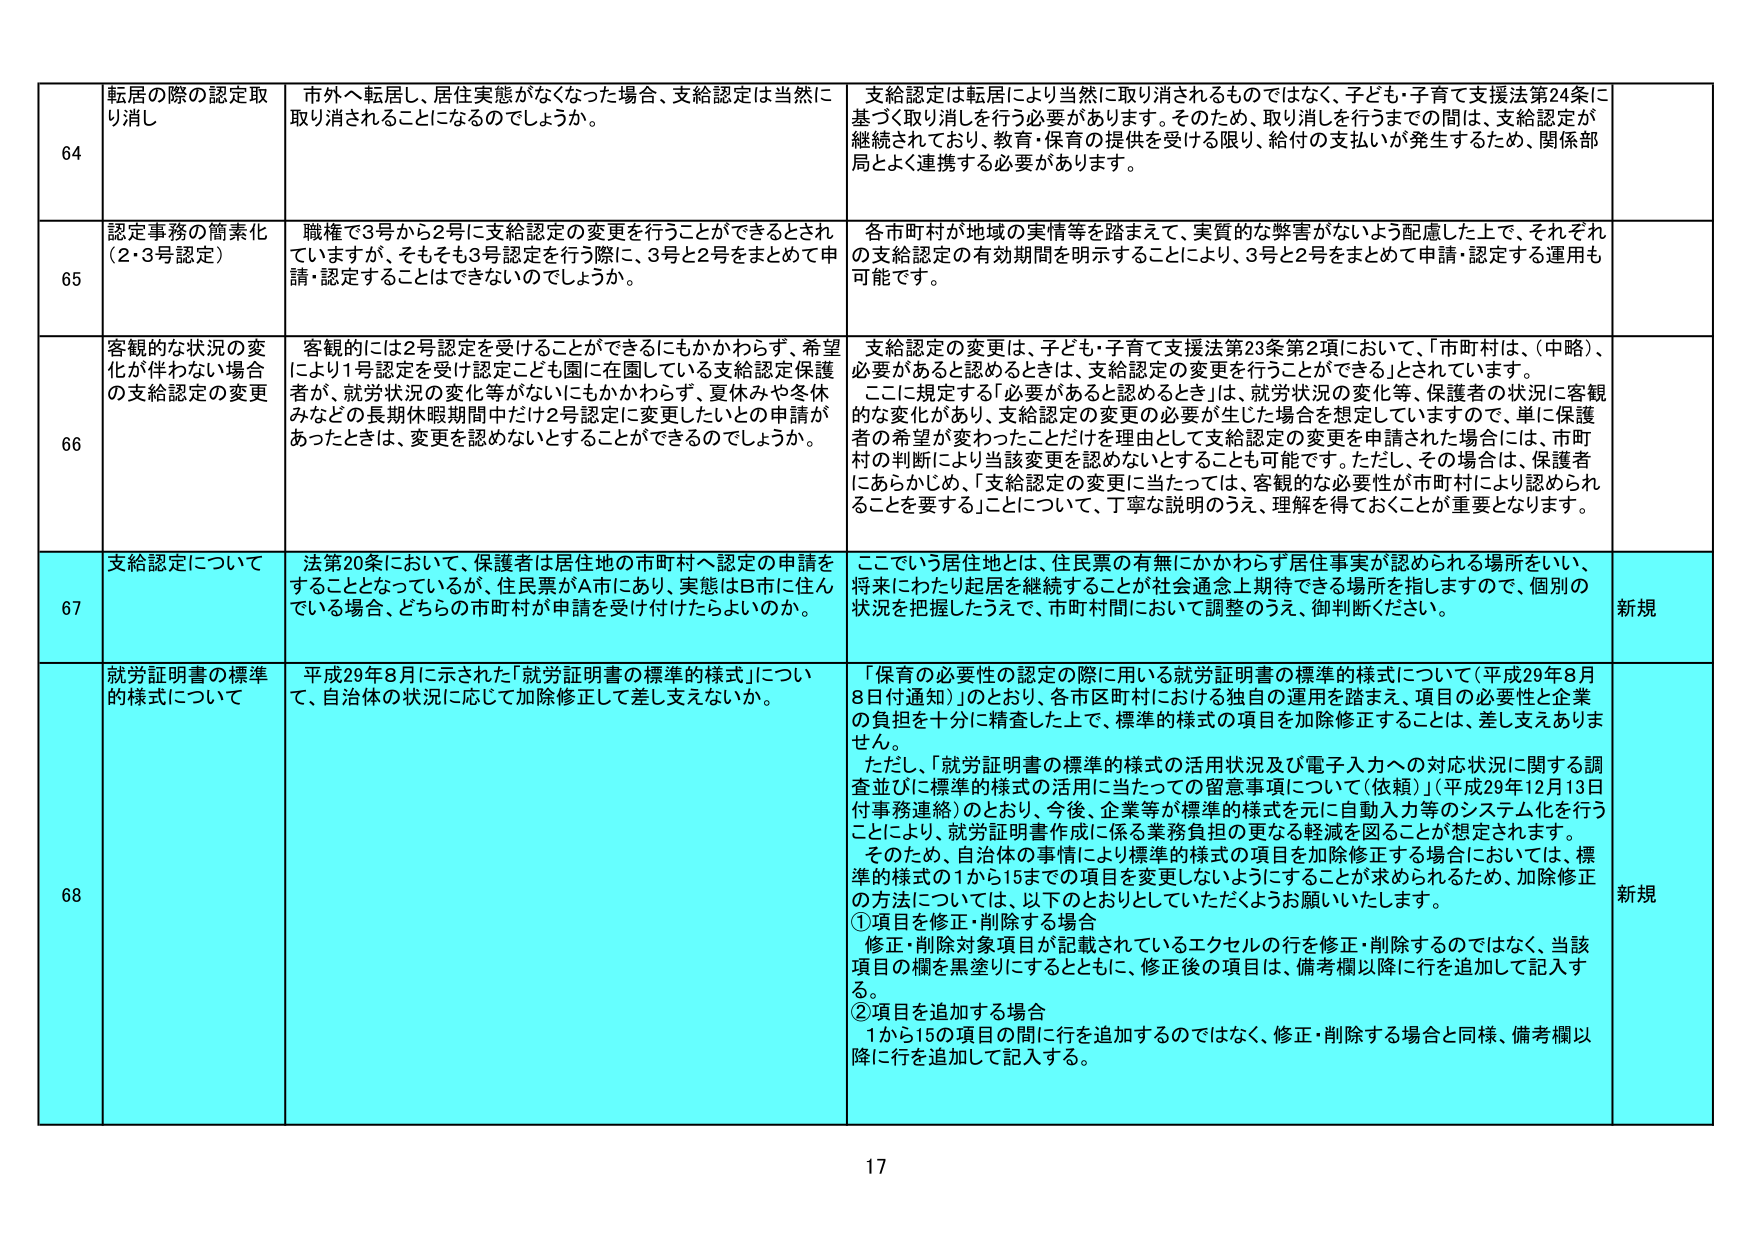
64 転居の際の認定取り消し 市外へ転居し、居住実態がなくなった場合、支給認定は当然に取り消されることになるのでしょうか。 支給認定は転居により当然に取り消されるものではなく、子ども・子育て支援法第24条に基づく取り消しを行う必要があります。そのため、取り消しを行うまでの間は、支給認定が継続されており、教育・保育の提供を受ける限り、給付の支払いが発生するため、関係部局とよく連携する必要があります。

65 認定事務の簡素化（2・3号認定） 職権で3号から2号に支給認定の変更を行うことができるとはされていますが、そもそも3号認定を行う際に、3号と2号をまとめて申請・認定することはできないのでしょうか。 各市町村が地域の実情等を踏まえて、実質的な弊害がないよう配慮した上で、それぞれの支給認定の有効期間を明示することにより、3号と2号をまとめて申請・認定する運用も可能です。

66 客観的な状況の変化が伴わない場合の支給認定の変更 客観的には2号認定を受けることができるにもかかわらず、希望により1号認定を受け認定ことも園に在園している支給認定保護者が、就労状況の変化等がないにもかかわらず、夏休みや冬休みなどの長期休暇期間中だけ2号認定に変更したいとの申請があったときは、変更を認めないとすることができるのでしょうか。 支給認定の変更は、子ども・子育て支援法第23条第2項において、「市町村は、（中略）、必要があると認めるときは、支給認定の変更を行うことができる」とされています。 ここに規定する「必要があると認めるとき」は、就労状況の変化等、保護者の状況に客観的な変化があり、支給認定の変更の必要が生じた場合を想定していますので、単に保護者の希望が変わったことだけを理由として支給認定の変更を申請された場合には、市町村の判断により当該変更を認めないとしてもよいです。ただし、その場合は、保護者にあらかじめ、「支給認定の変更に当たっては、客観的な必要性が市町村により認められることを要する」ことについて、丁寧な説明のうえ、理解を得ておくことが重要となります。

67 支給認定について 法第20条において、保護者は居住地の市町村へ認定の申請をすることとなっているが、住民票がA市にあり、実態はB市に住んでいる場合、どちらの市町村が申請を受け付けたらよいのか。 ここでいう居住地とは、住民票の有無にかかわらず居住事実が認められる場所をいい、将来にわたり起居を継続することが社会通念上期待できる場所を指しますので、個別の状況を把握したうえで、市町村間において調整のうえ、御判断ください。 新規

68 就労証明書の標準的様式について 平成29年8月に示された「就労証明書の標準的様式」について、自治体の状況に応じて加除修正して差し支えないか。 「保育の必要性の認定の際に用いる就労証明書の標準的様式について（平成29年8月8日付通知）」のとおり、各市区町村における独自の運用を踏まえ、項目の必要性と企業の負担を十分に精査した上で、標準的様式の項目を加除修正することは、差し支えありません。 ただし、「就労証明書の標準的様式の活用状況及び電子入力への対応状況に関する調査並びに標準的様式の活用に当たっての留意事項について（依頼）」（平成29年12月13日付事務連絡）のとおり、今後、企業等が標準的様式を元に自動入力等のシステム化を行うことにより、就労証明書作成に係る業務負担の更なる軽減を図ることが想定されます。 そのため、自治体の事情により標準的様式の項目を加除修正する場合においては、標準的様式の1から15までの項目を変更しないようにすることが求められるため、加除修正の方法については、以下のとおりとしていただこうお願いいたします。 ①項目を修正・削除する場合 修正・削除対象項目が記載されているエクセルの行を修正・削除するのではなく、当該項目の欄を黒塗りにするとともに、修正後の項目は、備考欄以降に行を追加して記入する。 ②項目を追加する場合 1から15の項目の間に行を追加するのではなく、修正・削除する場合と同様、備考欄以降に行を追加して記入する。 新規

17